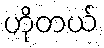
ဟိုတယ်